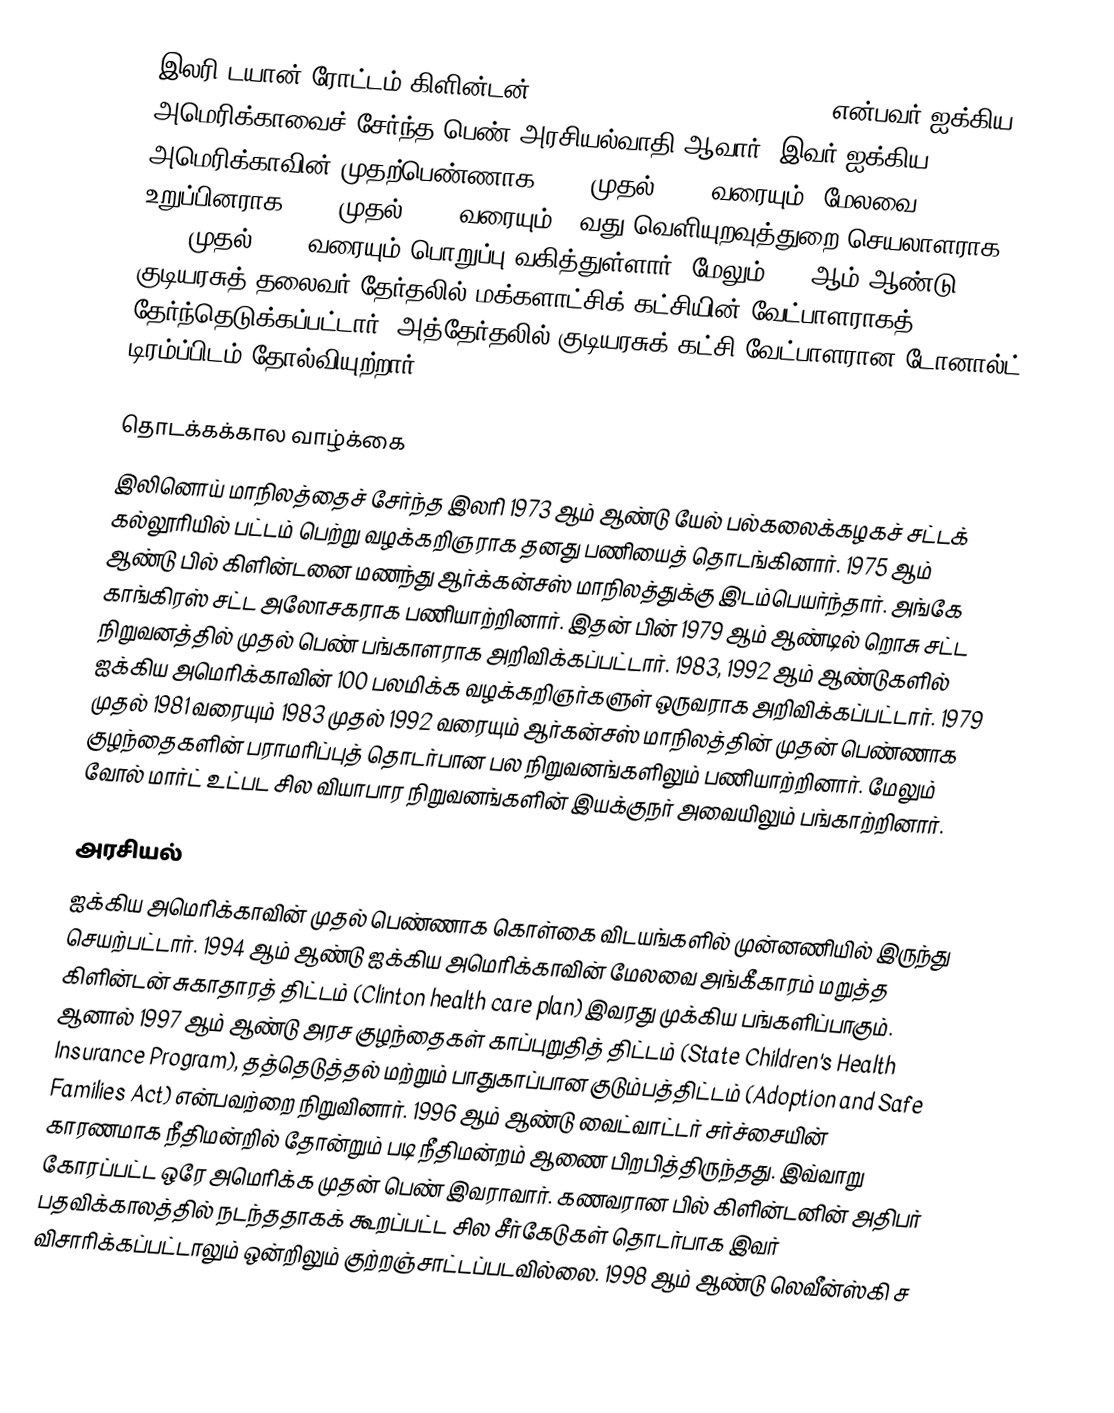
இலரி டயான் ரோட்டம் கிளின்டன் (Hillary Diane Rodham Clinton) என்பவர் ஐக்கிய அமெரிக்காவைச் சேர்ந்த பெண் அரசியல்வாதி ஆவார். இவர் ஐக்கிய அமெரிக்காவின் முதற்பெண்ணாக 1993 முதல் 2000 வரையும்,  மேலவை உறுப்பினராக 2001 முதல் 2009 வரையும் 67வது வெளியுறவுத்துறை செயலாளராக 2009 முதல் 2013 வரையும் பொறுப்பு வகித்துள்ளார். மேலும் 2016ஆம் ஆண்டு குடியரசுத் தலைவர் தேர்தலில் மக்களாட்சிக் கட்சியின் வேட்பாளராகத் தேர்ந்தெடுக்கப்பட்டார். அத்தேர்தலில் குடியரசுக் கட்சி வேட்பாளரான டோனால்ட் டிரம்ப்பிடம் தோல்வியுற்றார்.

தொடக்கக்கால வாழ்க்கை
இலினொய் மாநிலத்தைச் சேர்ந்த இலரி 1973 ஆம் ஆண்டு யேல் பல்கலைக்கழகச் சட்டக் கல்லூரியில் பட்டம் பெற்று வழக்கறிஞராக தனது பணியைத் தொடங்கினார். 1975 ஆம் ஆண்டு பில் கிளின்டனை மணந்து ஆர்க்கன்சஸ் மாநிலத்துக்கு இடம்பெயர்ந்தார். அங்கே காங்கிரஸ் சட்ட அலோசகராக பணியாற்றினார். இதன் பின் 1979 ஆம் ஆண்டில் றொசு சட்ட நிறுவனத்தில் முதல் பெண் பங்காளராக அறிவிக்கப்பட்டார். 1983, 1992 ஆம் ஆண்டுகளில் ஐக்கிய அமெரிக்காவின் 100 பலமிக்க வழக்கறிஞர்களுள் ஒருவராக அறிவிக்கப்பட்டார். 1979 முதல் 1981 வரையும் 1983 முதல் 1992 வரையும் ஆர்கன்சஸ் மாநிலத்தின் முதன் பெண்ணாக குழந்தைகளின் பராமரிப்புத் தொடர்பான பல நிறுவனங்களிலும் பணியாற்றினார். மேலும் வோல் மார்ட் உட்பட சில வியாபார நிறுவனங்களின் இயக்குநர் அவையிலும் பங்காற்றினார்.

அரசியல்
ஐக்கிய அமெரிக்காவின் முதல் பெண்ணாக கொள்கை விடயங்களில் முன்னணியில் இருந்து செயற்பட்டார். 1994 ஆம் ஆண்டு ஐக்கிய அமெரிக்காவின் மேலவை அங்கீகாரம் மறுத்த கிளின்டன் சுகாதாரத் திட்டம் (Clinton health care plan) இவரது முக்கிய பங்களிப்பாகும். ஆனால் 1997 ஆம் ஆண்டு அரச குழந்தைகள் காப்புறுதித் திட்டம் (State Children's Health Insurance Program), தத்தெடுத்தல் மற்றும் பாதுகாப்பான குடும்பத்திட்டம் (Adoption and Safe Families Act) என்பவற்றை நிறுவினார். 1996 ஆம் ஆண்டு வைட்வாட்டர் சர்ச்சையின் காரணமாக நீதிமன்றில் தோன்றும் படி நீதிமன்றம் ஆணை பிறபித்திருந்தது. இவ்வாறு கோரப்பட்ட ஒரே அமெரிக்க முதன் பெண் இவராவார். கணவரான பில் கிளின்டனின் அதிபர் பதவிக்காலத்தில் நடந்ததாகக் கூறப்பட்ட சில சீர்கேடுகள் தொடர்பாக இவர் விசாரிக்கப்பட்டாலும் ஒன்றிலும் குற்றஞ்சாட்டப்படவில்லை. 1998 ஆம் ஆண்டு லெவீன்ஸ்கி ச